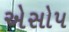
એસોપ